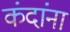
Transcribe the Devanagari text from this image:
कंदांना